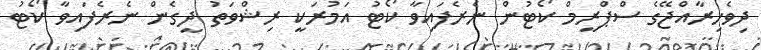
ދިވެހިރާއްޖޭގެ ސްޕްރީމް ކޯޓުން ނެރެފައިވާ ކޯޓު އަމުރަކީ ރިޝްވަތު ދީގެން ނެރެފައިވާ ކޯޓު